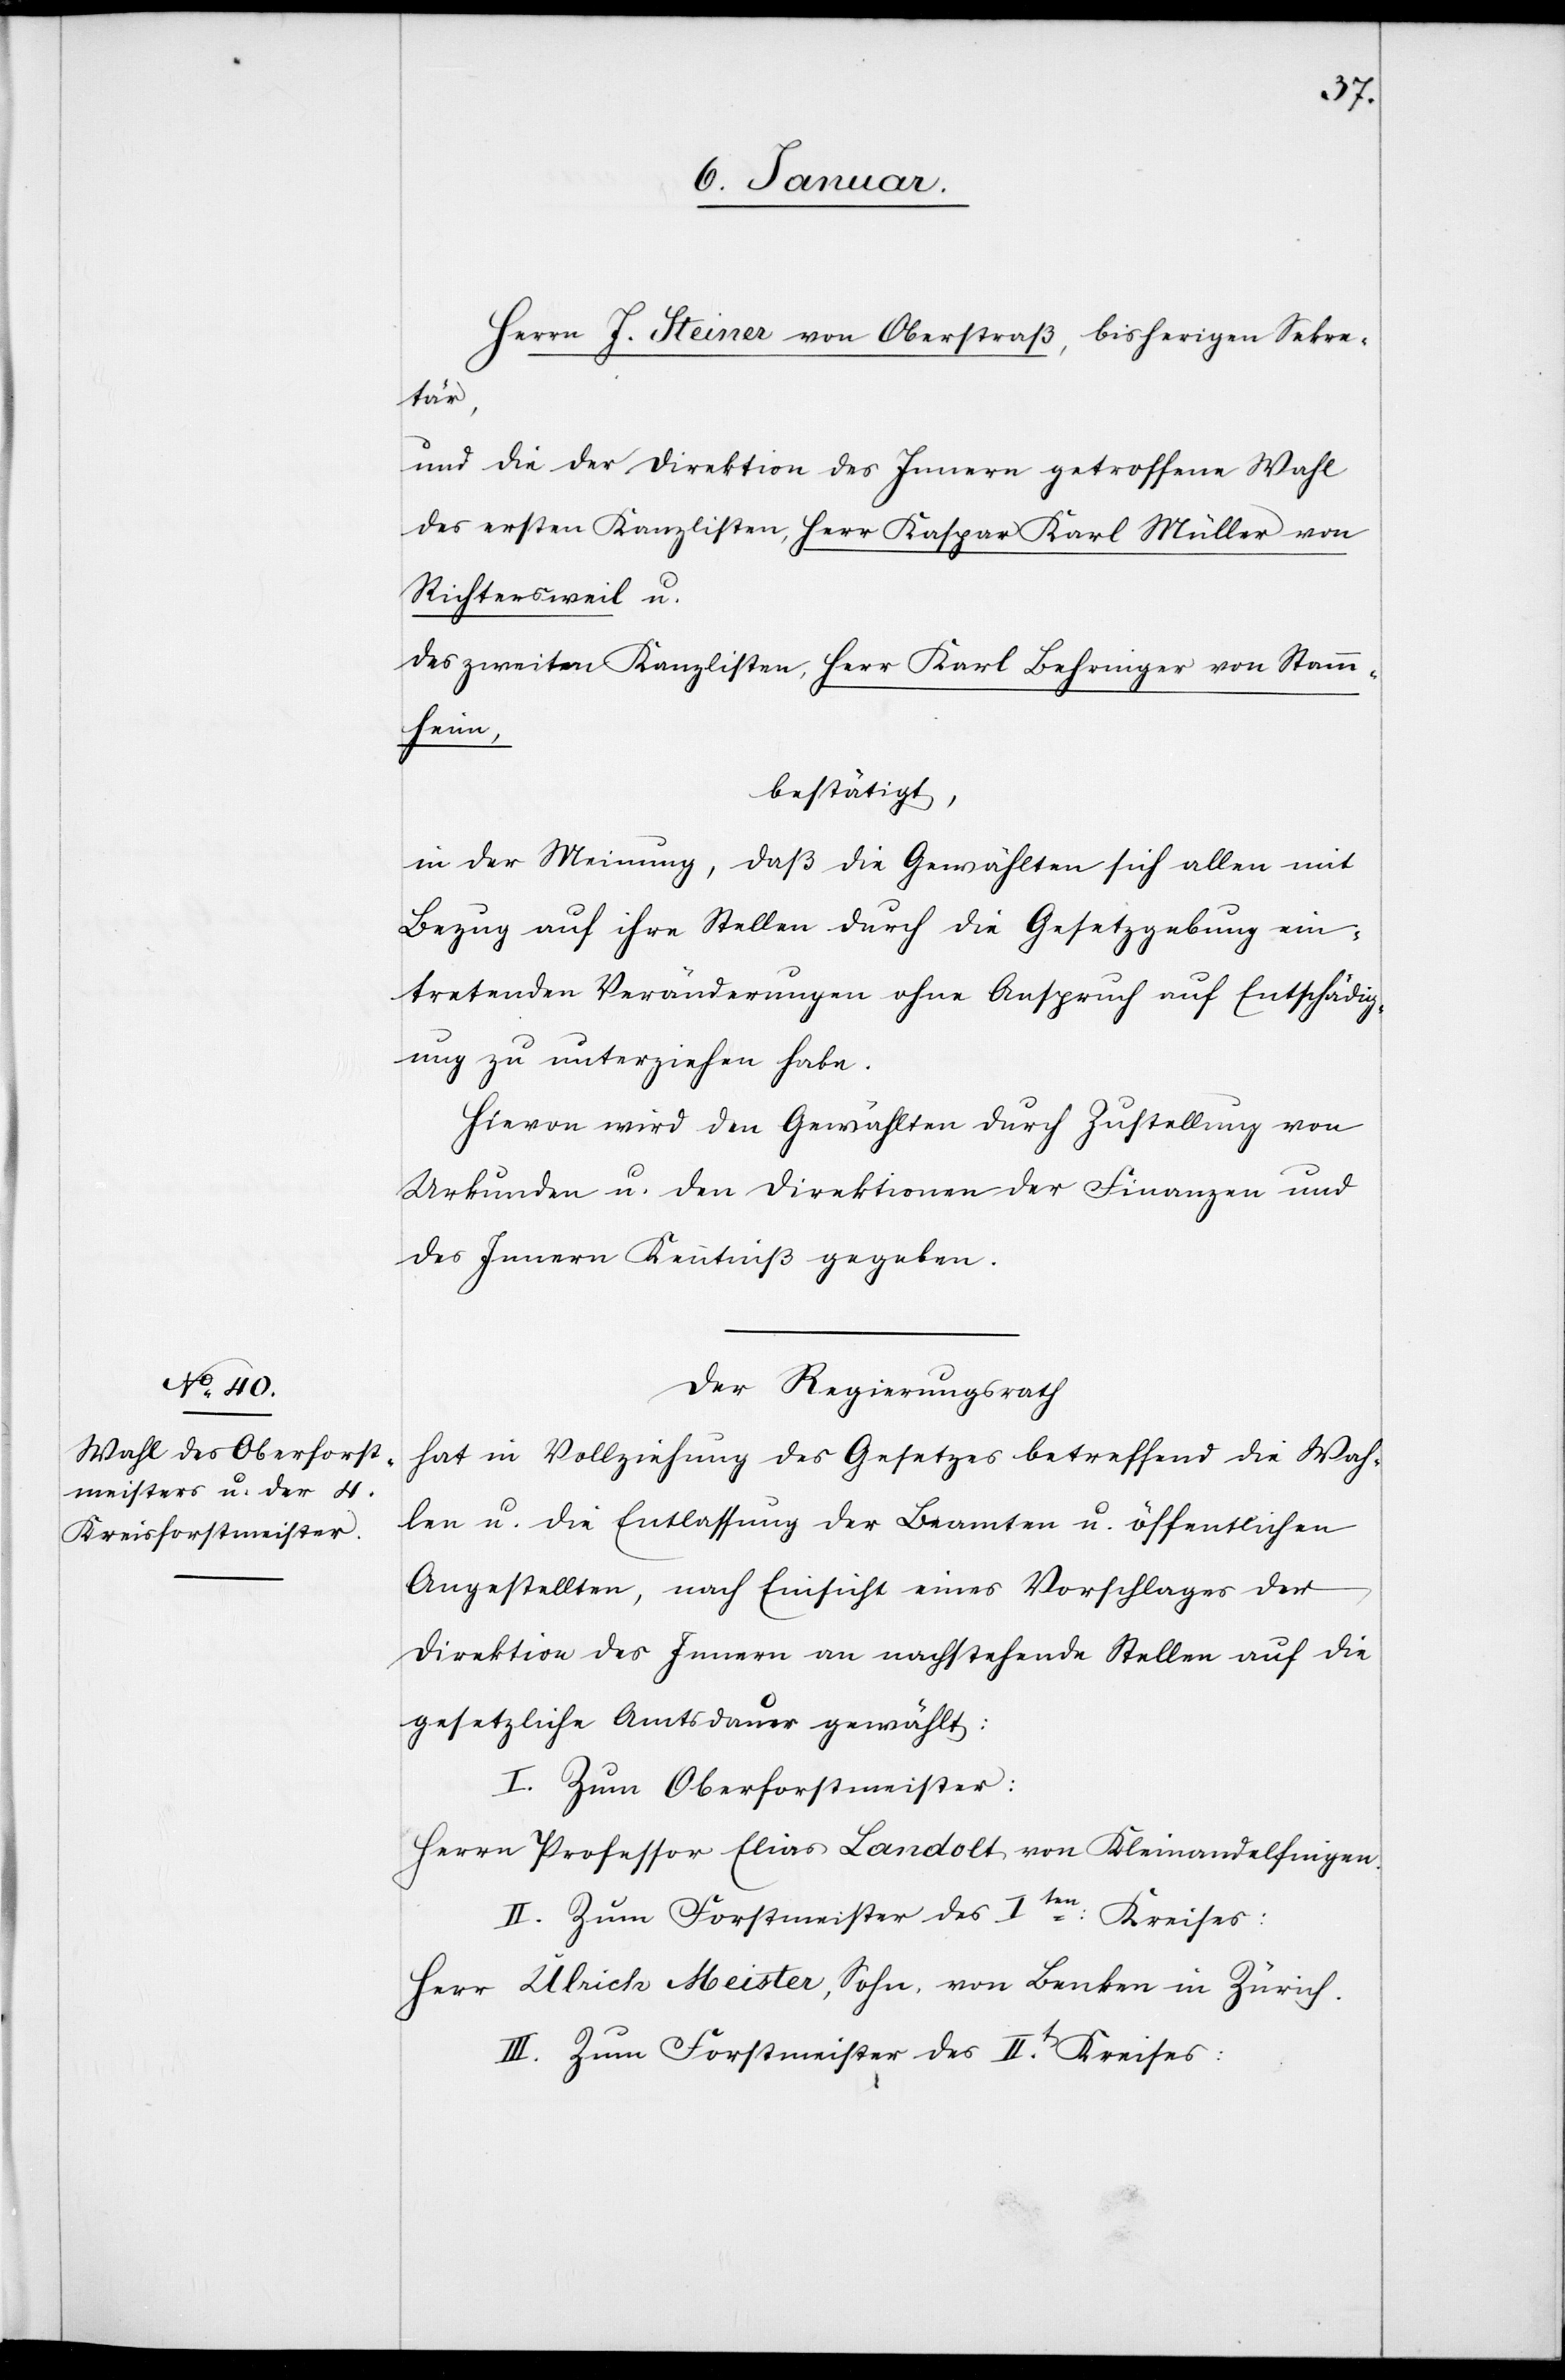
Herrn J. Steiner von Oberstraß, bisherigen Sekre¬
tär,
und die der Direktion des Innern getroffene Wahl
des ersten Kanzlisten, Herr Kaspar Karl Müller von
Richtersweil u.
des zweiten Kanzlisten, Herr Karl Behringer von Stam¬
mheim,
bestätigt,
in der Meinung, daß die Gewählten sich allen mit
Bezug auf ihre Stellen durch die Gesetzgebung ein¬
tretenden Veränderungen ohne Anspruch auf Entschädig¬
ung zu unterziehen habe[n].
Hievon wird den Gewählten durch Zustellung von
Urkunden u. den Direktionen der Finanzen und
des Innern Kenntniß gegeben.
Der Regierungsrath
hat in Vollziehung des Gesetzes betreffend die Wah¬
len u. die Entlassung der Beamten u. öffentlichen
Angestellten, nach Einsicht eines Vorschlages der
Direktion des Innern an nachstehende Stellen auf die
gesetzliche Amtsdauer gewählt:
I. Zum Oberforstmeister:
Herrn Professor Elias Landolt von Kleinandelfingen.
II. Zum Forstmeister des Iten Kreises:
Herr Ulrich Meister, Sohn, von Benken in Zürich.
III. Zum Forstmeister des II.t Kreises: